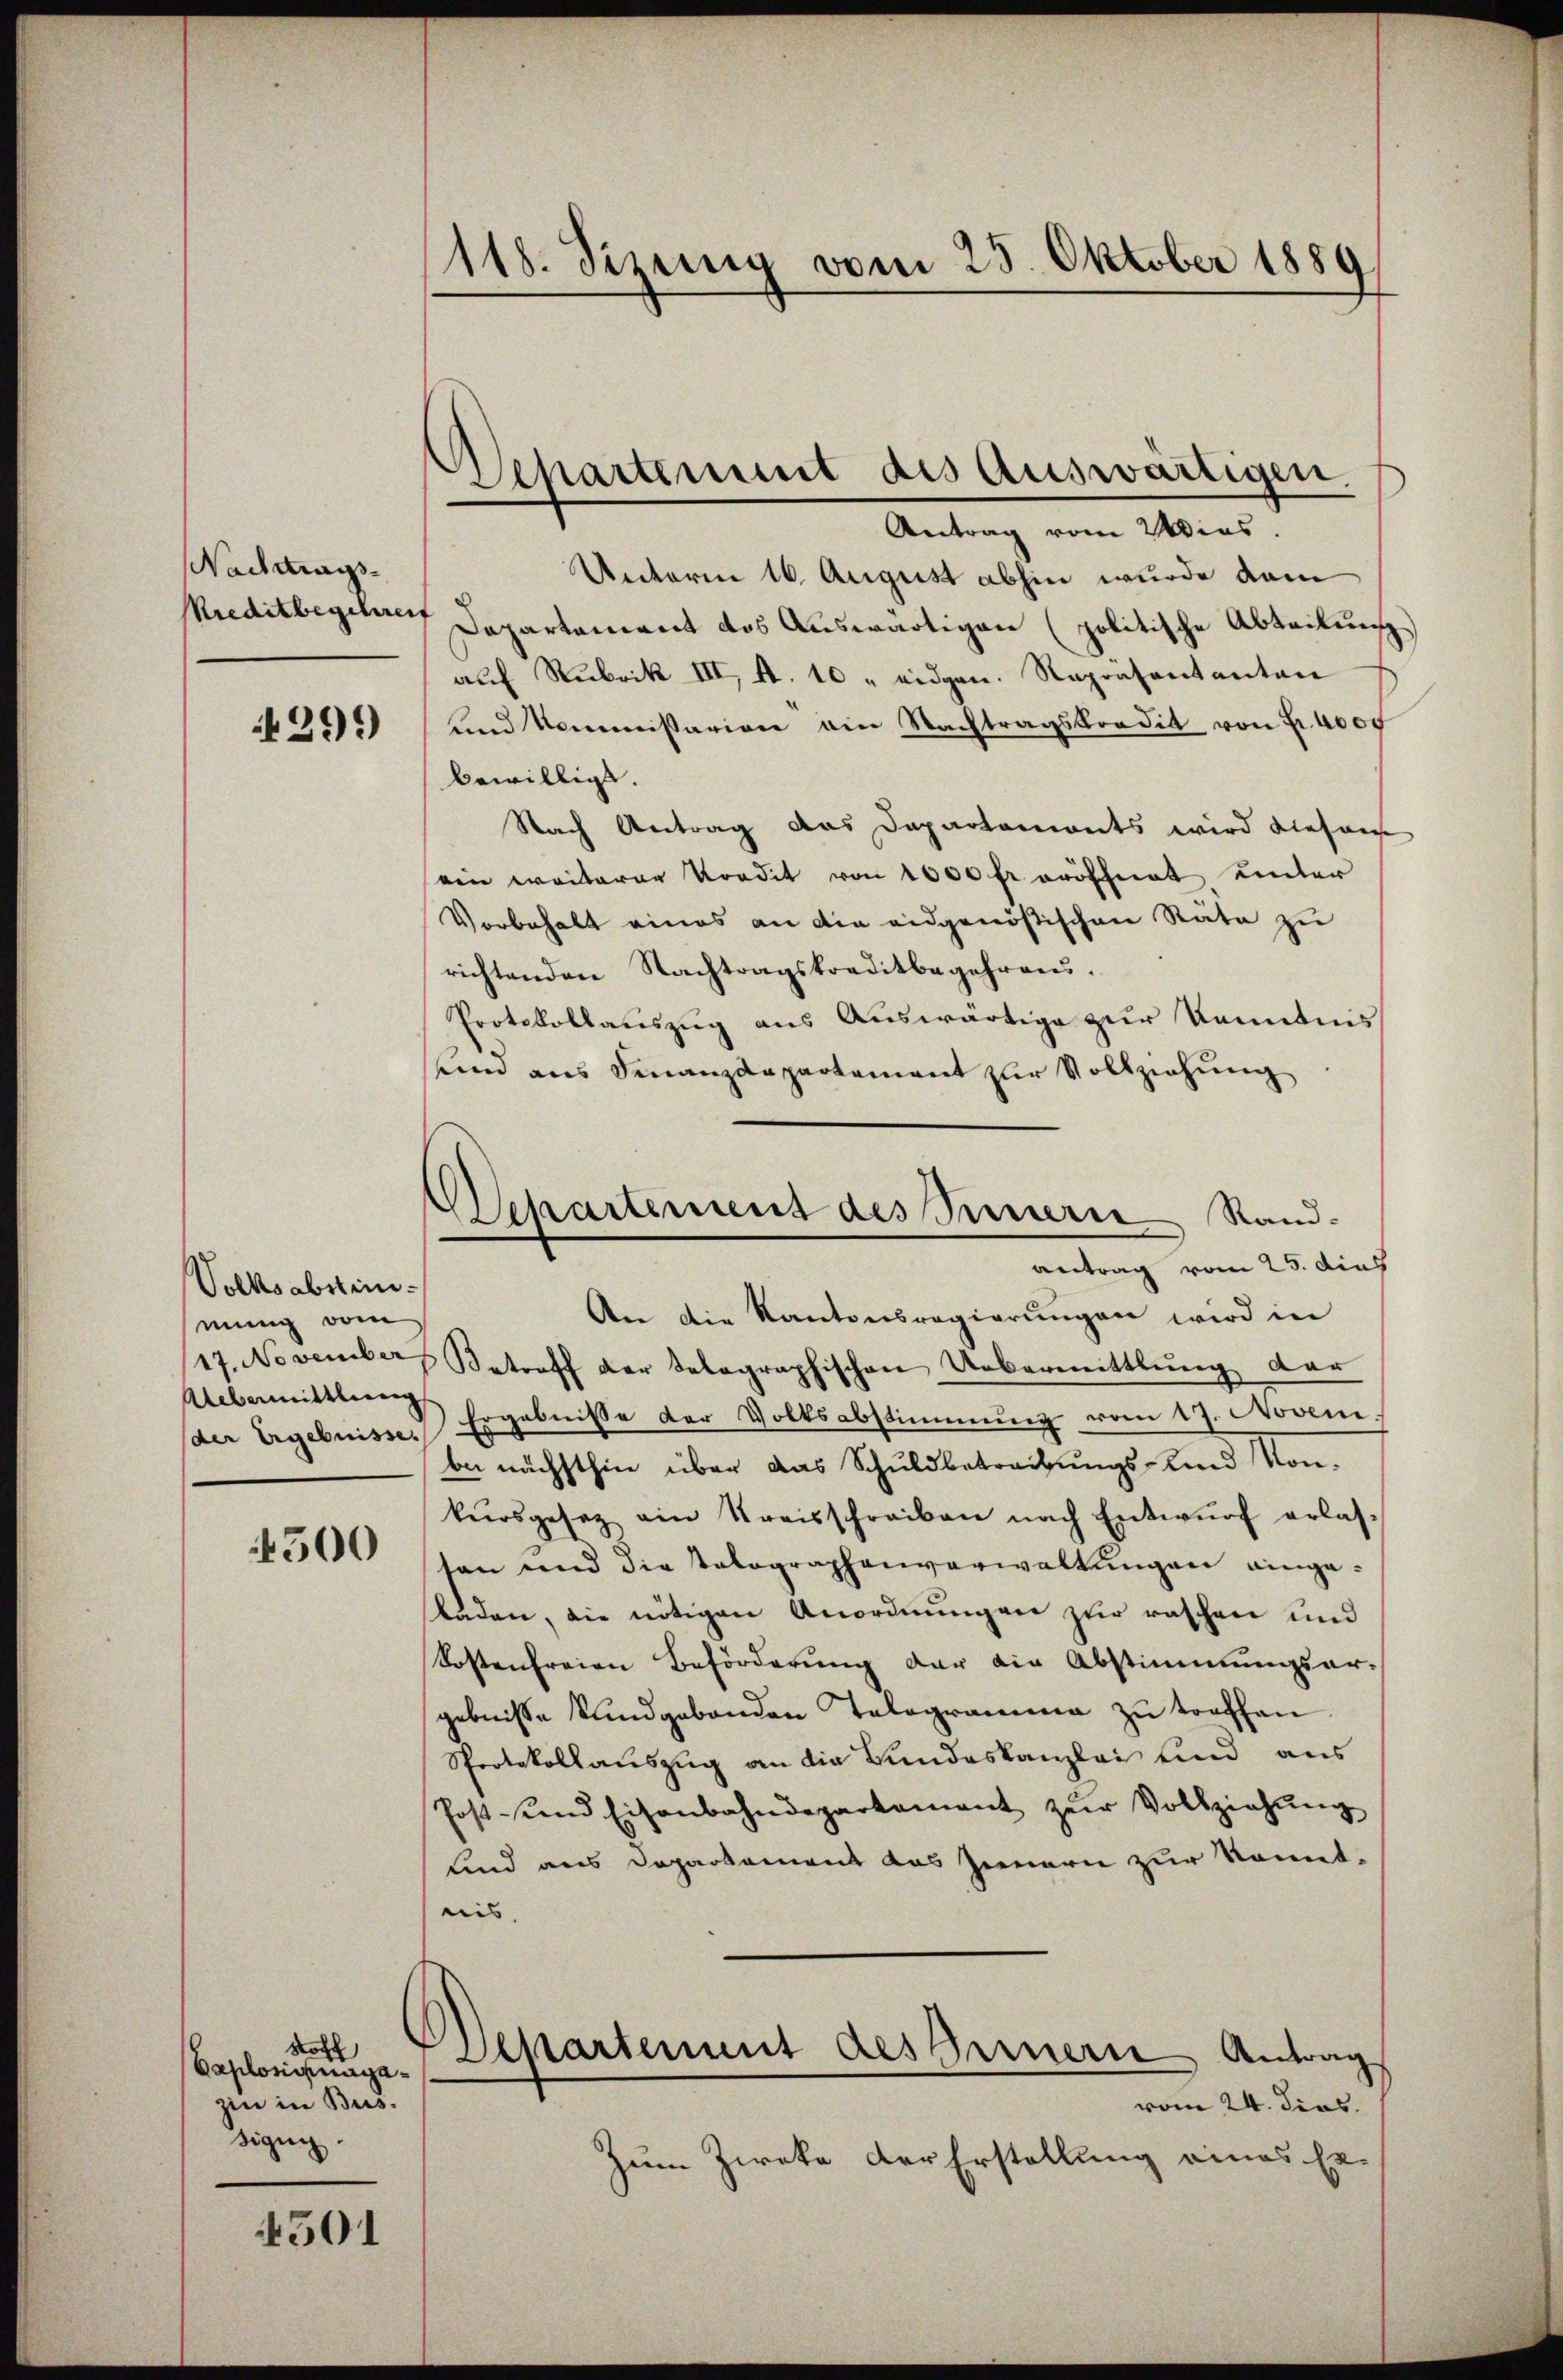
Nachtrags¬
Kreditbegehrer

299)

Volksabstini-
mung vom
17. November
Uebermittlung
(der Ergebnisse.

500

Noch
Oaplosinagazin in Bus.
Sigung.

501

118. Sizung vom 25. Oktober 1889

Departement des Auswärtigen,
Antrag vom Wies.

Departement des Innern Randantrag vom 25. dies

Unterm 16. August abhin wurde dam
Departement des Auswärtigen (politische Abteilung
auf Rubrik III, A. 10 " eidgen. Repräsentanton
und Kommissarion ain Nachtragskredit von Fr. 4000
bewilligt.
Nach Antrag das Departamonts wird diesen
ein weiterer Vordit von 1000 fr. eröffnet unter
Vorbehalt eines an die eidgenößischen Räte zu
richtenden Nachtragskreditbegehrens.
Protokollauszug aus Auswärtige zur Kenntnis
sind aus Finanzdepartement zur Vollziehung
An die Kantonsregierŭngen wird in
Betreff der telegraphischen Uebermittlung dar
Ergebnisse der Volksabstimmung vom 17. Novem
be nächsthin über das Schuldbetreibungs- und Konkursgesez ain Kreisschreiben nach Entwŭrf erlas-
son und die Tolographenverwaltungen eingeladen, die nötigen Anordnungen zur raschen und
Kostenfreien Beförderung der die Abstimmungsar-
gebnisse kundgebenden Telogramma zu treffen.
Sprotokollauszug an die Bundeskanzlei und aus
Post- und Eisenbahndepartement zŭr Vollziehŭng
Kind aus Departement das Jennern zur konnteis
Departement des Bernern Antrag
vom 24. dies
Zum Zieke der Erstellung eines Er¬